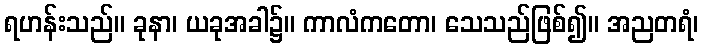
ရဟန်းသည်။ ခုနာ၊ ယခုအခါ၌။ ကာလံကတော၊ သေသည်ဖြစ်၍။ အညတရံ၊